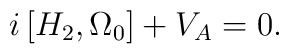
i\left[ H_2,\Omega_0\right]+V_A=0.